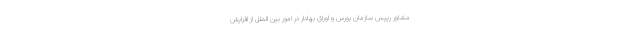
مشاور رییس سازمان بورس و اوراق بهادار در امور بین الملل از افزایش